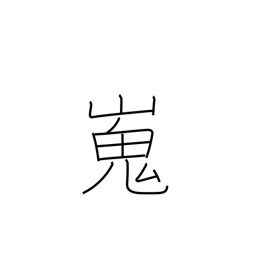
Meaning: high and flat